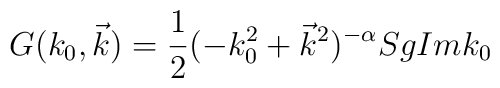
G(k_0,\vec{k})=\frac{1}{2}(-k_0^2+\vec{k}^2)^{-\alpha} Sg Im k_0